Treatise on elephants
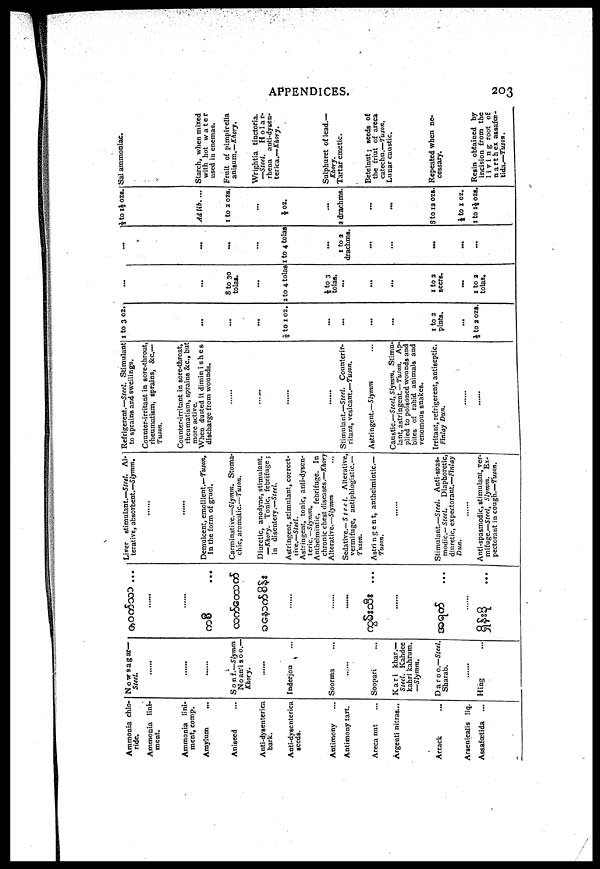
APPENDICES.
203
Ammonia chlo
ride.
Ammonia lini
ment.
Ammonia lini
ment, comp.
Amylum
...
Aniseed ...
Anti-dysenterica
bark.
Anti-dysenterica
seeds.
Antimony ...
Antimony tart.
Areca nut
Argenti nitras...
Arrack ...
Argenicalis liq.
Assafœtida ...
Nowsagar—
Steel.
......
......
......
Sonf.—Slymm
Noan'isoo.—
Khory.
......
Inderjou ...
Soorma ...
......
Soopari ...
Kari khar.—
Steel. Kahdee
kahri kahrum.
—Slymm.
Daroo.—Steel.
Sharab.
Hing
...
......
......
......
......
......
......
......
Liver stimulant.—Steel. Al
terative, absorbent.—Slymm.
......
......
Demulcent, emollient.—Tuson.
In the form of gruel.
Carminative.—Slymm. Stoma
chic, aromatic.—Tuson.
Diuretic, anodyne, stimulant.
—Khory. Tonic, febrifuge ;
in disentery.—Steel.
Astringent, stimulant, correct
ive.—Steel.
Astringent, tonic, anti-dysen
teric. —Slymm.
Anthelmintic, febrifuge. In
chronic chest diseases.—Khory
Alterative.— Slymm
Sedative.— Steel.
Alterative,
vermifuge, antiphlogistic.—
Tuson.
Astringent, anthelmintic.—
Tuson.
......
Stimulant.—Steel. Anti-spas
modic.—Steel. Diaphoretic,
diuretic, expectorant.—Finlay
Dun. ......
Anti-spasmodic, stimulant, ver
mifuge.—Steel, Slymm. Ex
pectorant in cough.—Tuson.
Refrigerent.—Steel. Stimulant
to sprains and swellings.
Counter-irritant in sore-throat,
rheumatism, sprains, &c.—
Tuson.
Counter-irritant in sore-throat,
rheumatism, sprains &c., but
more active.
When dusted it diminishes
discharge from wounds.
......
......
......
......
Stimulant.—Steel. Counterir-
ritant, vesicant.—Tuson.
Astringent.—Slymm
Caustic.—Steel, Slymm. Stimu
lant, astringent.—Tuson. Ap
plied to poisoned wounds and
bites of rabid animals and
venomous snakes.
Irritant, refrigerent, antiseptic.
Finlay Dun.
......
......
1 to 3 oz.
...
...
...
⅓ to 1 oz.
...
...
...
...
1 to 2
pints.
...
½ to 2 ozs.
...
...
8 to 30
tolas.
...
2 to 4 tolas
⅓ to 3
tolas.
...
...
...
1 to 2
seers.
...
1 to 2
tolas.
...
...
...
1 to 4 tolas
...
1 to 2
drachms.
...
...
...
...
...
½ to 1½ ozs.
Ad lib. ...
1 to 2 ozs.
...
½ oz.
...
2 drachms.
...
...
8 to 12 ozs.
½ to 1 oz.
1 to 1½ ozs.
Sal ammoniac.
Starch, when mixed
with hot water
used in enemas.
Fruit of pimpirella
anisum.—Khory.
Wrightia tinctoria.
—Steel. Holar-
rhena anti-dysen
terica.—Khory.
Sulphuret of lead.—
Khory.
Tartar emetic.
Betelnut; seeds of
the friut of areca
catechu.—Tuson.
Lunar caustic.
Repeated when ne
cessary.
Resin obtained by
incision from the
living root of
narthex assaf
tida.—Tuson.